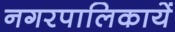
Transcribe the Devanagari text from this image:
नगरपालिकायें